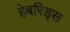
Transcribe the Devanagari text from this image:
हेबरिड्स